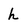
Character: h